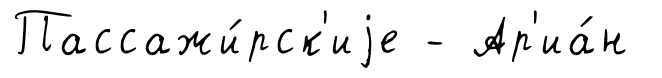
Пассажи́рск'иjе - Ар'иа́н